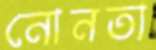
নোনতা